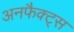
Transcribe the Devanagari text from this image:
अनफैक्ट्स